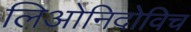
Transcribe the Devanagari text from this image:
लिओनिदोविच